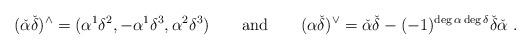
LaTeX: \begin{align*} (\check{\alpha}\check{\delta})^\wedge=(\alpha^1\delta^2,-\alpha^1\delta^3,\alpha^2\delta^3) \quad\quad\mbox{and}\quad\quad(\alpha\check{\delta})^\vee=\check{\alpha}\check{\delta}- (-1)^{\deg\alpha\deg\delta}\check{\delta}\check{\alpha}\ .\end{align*}